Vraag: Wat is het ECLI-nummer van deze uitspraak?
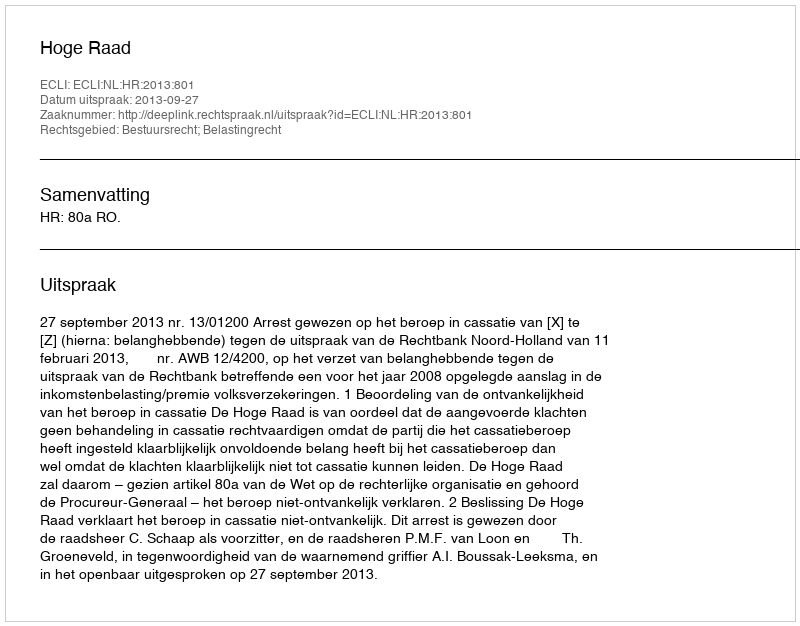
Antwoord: ECLI:NL:HR:2013:801